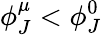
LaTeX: \phi_{J}^{\mu}<\phi_{J}^{0}